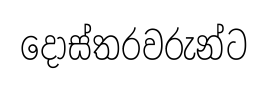
දොස්තරවරුන්ට